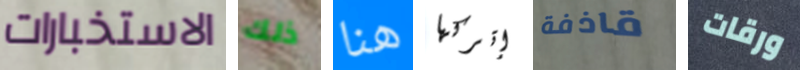
الاستخبارات ذلك هنا إتركها قاذفة ورقات